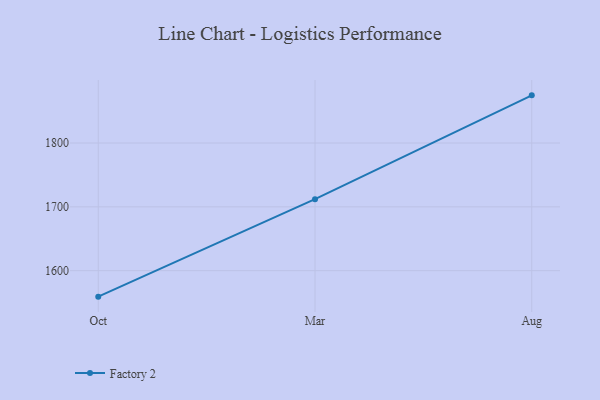
{"axis": {"x": "Month", "y": "Customer Acquisition Cost (USD)"}, "legend": ["Factory 2"], "data": [{"x": "Oct", "y": 1559.3, "type": "Factory 2"}, {"x": "Mar", "y": 1712.1, "type": "Factory 2"}, {"x": "Aug", "y": 1874.7, "type": "Factory 2"}]}